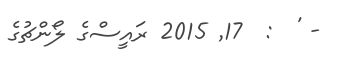
- '  :  17